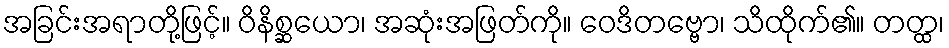
အခြင်းအရာတို့ဖြင့်။ ဝိနိစ္ဆယော၊ အဆုံးအဖြတ်ကို။ ဝေဒိတဗ္ဗော၊ သိထိုက်၏။ တတ္ထ၊